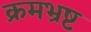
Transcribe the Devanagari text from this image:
क्रमभ्रष्ट